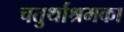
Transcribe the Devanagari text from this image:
चतुर्थाश्रमका